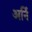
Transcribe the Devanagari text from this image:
अर्नि